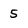
Character: 5